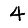
Digit: 4